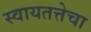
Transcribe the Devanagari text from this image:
स्वायतत्तेचा